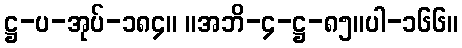
ဋ္ဌ-ပ-အုပ်-၁၈၄။ ။အဘိ-၄-ဋ္ဌ-၈၅။ပါ-၁၆၆။